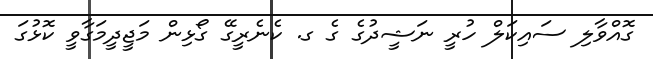
ގޮއްވާލި ސައިކަލް ހުރީ ނަޝީދުގެ ގެ ގ. ކެނެރީގޭ ގޯޅިން މަޖީދީމަގާވީ ކޮޅުގަ